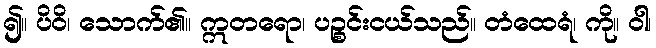
၍။ ပိဝိ၊ သောက်၏။ ဣတရော၊ ပဉ္စင်းငယ်သည်။ တံထေရံ၊ ကို။ ဝါ၊